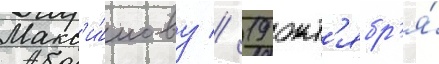
Макс'и́мову // 19 окт'ябр'я́